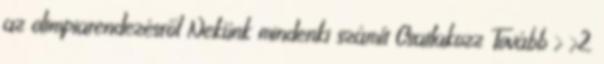
az olimpiarendezésről Nekünk mindenki számít Csatlakozz Tovább › ›2